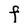
Character: F